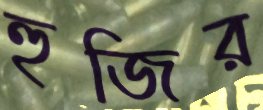
হুজির